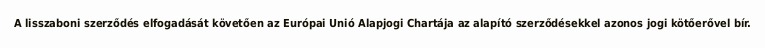
A lisszaboni szerződés elfogadását követően az Európai Unió Alapjogi Chartája az alapító szerződésekkel azonos jogi kötőerővel bír.